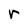
Character: r